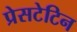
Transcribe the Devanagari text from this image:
प्रेसटेटिन